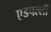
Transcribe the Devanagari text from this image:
एडपल्ली